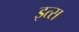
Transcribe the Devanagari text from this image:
इत्स